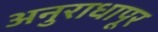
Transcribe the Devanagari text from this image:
अनुराधापूर